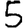
Digit: 5